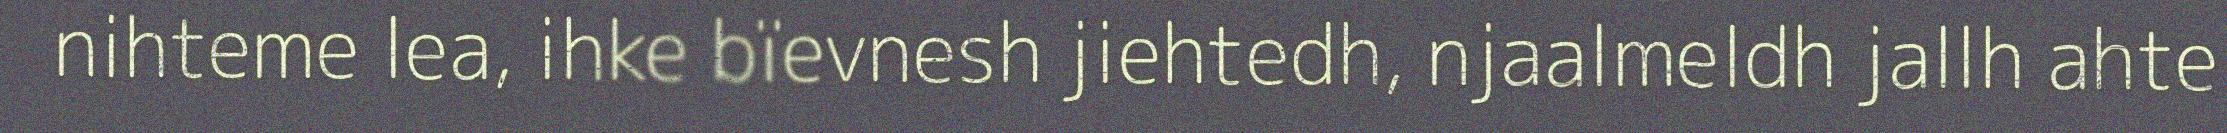
nihteme lea, ihke bïevnesh jiehtedh, njaalmeldh jallh ahte